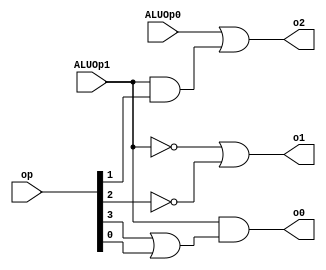
module alu_control(o0,o1,o2,op, ALUOp1, ALUOp0);
    output o0,o1,o2;
    input [5:0] op;
    input ALUOp1, ALUOp0;
    
    assign o2 = ALUOp0 | (ALUOp1 & op[1]);
    assign o1 = (~ALUOp1) | (~op[2]);
    assign o0 = ALUOp1 & (op[3] | op[0]);
endmodule